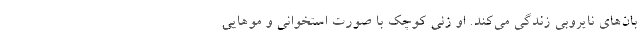
بان‌های نایروبی زندگی می‌کند. او زنی کوچک با صورت استخوانی و موهایی